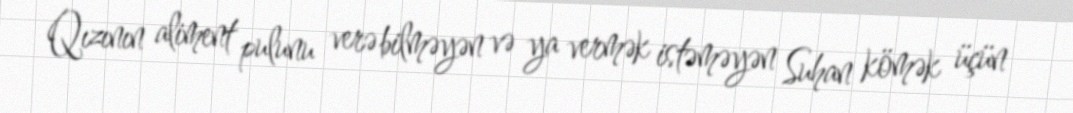
Qızının aliment pulunu verə bilməyən və ya vermək istəməyən Suhan kömək üçün